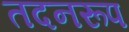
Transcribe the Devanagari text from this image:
तदनरूप